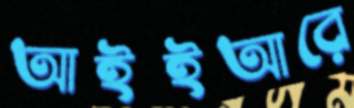
আইইআরে